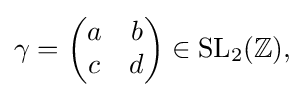
{\textstyle \gamma ={\begin{pmatrix}a&b\\c&d\end{pmatrix}}\in {\text{SL}}_{2}(\mathbb {Z} ),}